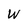
Character: W